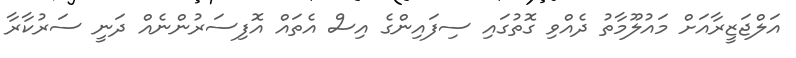
އަލްޖަޒީރާއަށް މައުލޫމާތު ދެއްވި ގޮތުގައި ސިފައިންގެ އިސް އެތައް އޮފިސަރުންނެއް ދަނީ ސަރުކާރާ